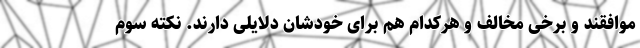
موافقند و برخی مخالف و هرکدام هم برای خودشان دلایلی دارند. نکته سوم